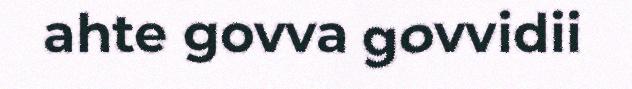
ahte govva govvidii